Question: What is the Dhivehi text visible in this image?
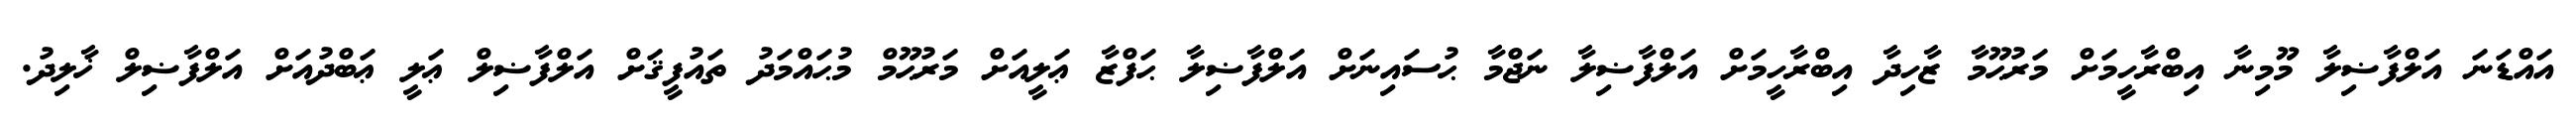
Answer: އައްޑަނަ އަލްފާޟިލާ މޫމިނާ އިބްރާހީމަށް މަރުޙޫމާ ޒާހިދާ އިބްރާހީމަށް އަލްފާޟިލާ ނަޖްމާ ޙުސައިނަށް އަލްފާޟިލާ ޙަފްޒާ ޢަލީއަށް މަރުޙޫމް މުޙައްމަދު ތައުފީޤަށް އަލްފާޟިލް ޢަލީ ޢަބްދުއަށް އަލްފާޟިލް ޚާލިދު.